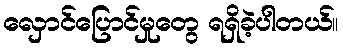
လှောင်ပြောင်မှုတွေ ရရှိခဲ့ပါတယ်။